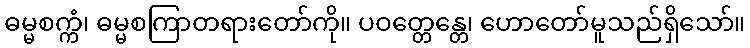
ဓမ္မစက္ကံ၊ ဓမ္မစကြာတရားတော်ကို။ ပဝတ္တေန္တေ၊ ဟောတော်မူသည်ရှိသော်။